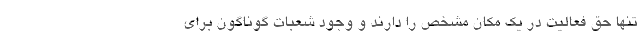
تنها حق فعالیت در یک مکان مشخص را دارند و وجود شعبات گوناگون برای